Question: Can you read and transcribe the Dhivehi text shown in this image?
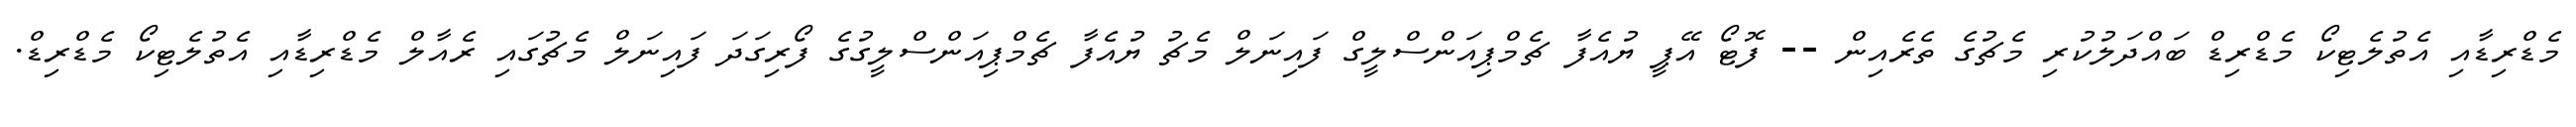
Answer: މެޑްރިޑާއި އެތުލެޓިކޯ މެޑްރިޑް ބައްދަލުކުރި މެޗުގެ ތެރެއިން -- ފޮޓޯ އޭޕީ ޔުއެފާ ޗެމްޕިއަންސްލީގް ފައިނަލް މެޗު ޔުއެފާ ޗެމްޕިއަންސްލީގުގެ ފޯރިގަދަ ފައިނަލް މެޗުގައި ރެއާލް މެޑްރިޑާއި އެތުލެޓިކޯ މެޑްރިޑް.